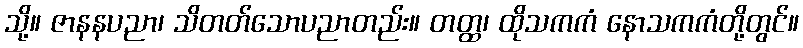
သို့။ ဇာနနပညာ၊ သိတတ်သောပညာတည်း။ တတ္ထ၊ ထိုသကကံ နောသကကံတို့တွင်။